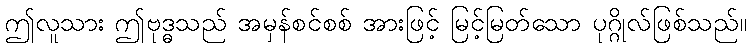
ဤလူသား ဤဗုဒ္ဓသည် အမှန်စင်စစ် အားဖြင့် မြင့်မြတ်သော ပုဂ္ဂိုလ်ဖြစ်သည်။